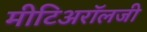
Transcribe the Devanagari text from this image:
मीटिअरॉलजी